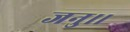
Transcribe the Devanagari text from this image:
जनु।।